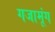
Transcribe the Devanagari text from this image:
गजामूंग